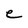
Character: e